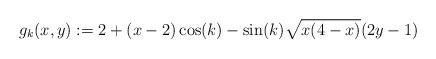
LaTeX: \begin{align*}g_k(x,y) := 2+(x-2)\cos(k) - \sin(k)\sqrt{x(4-x)}(2y-1)\end{align*}